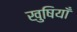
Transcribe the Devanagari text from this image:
खुषियाँ